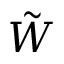
\Tilde { W }